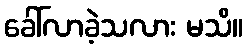
ခေါ်လာခဲ့သလား မသိ။